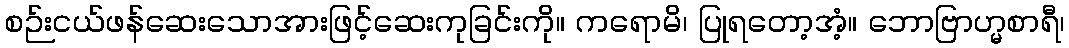
စဉ်းငယ်ဖန်ဆေးသောအားဖြင့်ဆေးကုခြင်းကို။ ကရောမိ၊ ပြုရတော့အံ့။ ဘောဗြာဟ္မစာရီ၊